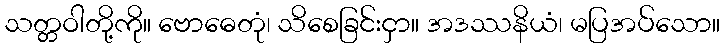
သတ္တဝါတို့ကို။ ဗောဓေတုံ၊ သိစေခြင်းငှာ။ အဒဿနိယံ၊ မပြအပ်သော။